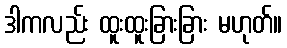
ဒါကလည်း ထူးထူးခြားခြား မဟုတ်။